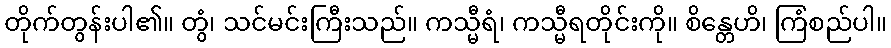
တိုက်တွန်းပါ၏။ တွံ၊ သင်မင်းကြီးသည်။ ကသ္မီရံ၊ ကသ္မီရတိုင်းကို။ စိန္တေဟိ၊ ကြံစည်ပါ။